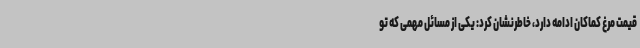
قیمت مرغ کماکان ادامه دارد، خاطرنشان کرد: یکی از مسائل مهمی که تو